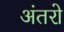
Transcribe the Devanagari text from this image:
अंतरो